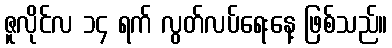
ဇူလိုင်လ ၁၄ ရက် လွတ်လပ်ရေးနေ့ ဖြစ်သည်။